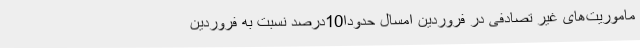
ماموریت‌های غیر تصادفی در فروردین امسال حدودا10درصد نسبت به فروردین